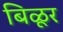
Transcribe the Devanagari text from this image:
बिळूर